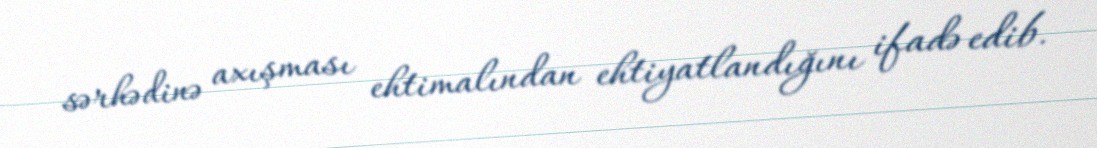
sərhədinə axışması ehtimalından ehtiyatlandığını ifadə edib.